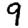
Digit: 9